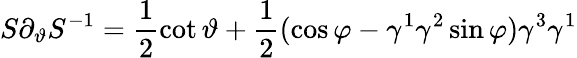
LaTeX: S\partial_{\vartheta}S^{-1}=\frac 12\cot\vartheta+\frac 12(\cos\varphi-\gamma^{1}\gamma^{2}\sin\varphi)\gamma^{3}\gamma^{1}